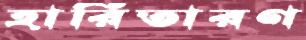
হারিতারণ